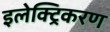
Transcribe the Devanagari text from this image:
इलेक्ट्रिकरण